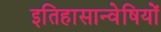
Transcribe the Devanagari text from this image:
इतिहासान्वेषियों